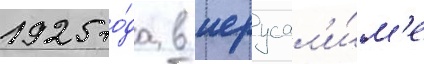
1925 го́да в иерусал'и́м'е